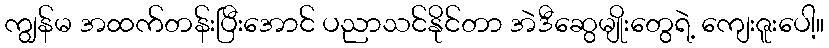
ကျွန်မ အထက်တန်းပြီးအောင် ပညာသင်နိုင်တာ အဲဒီဆွေမျိုးတွေရဲ့ ကျေးဇူးပေါ့။